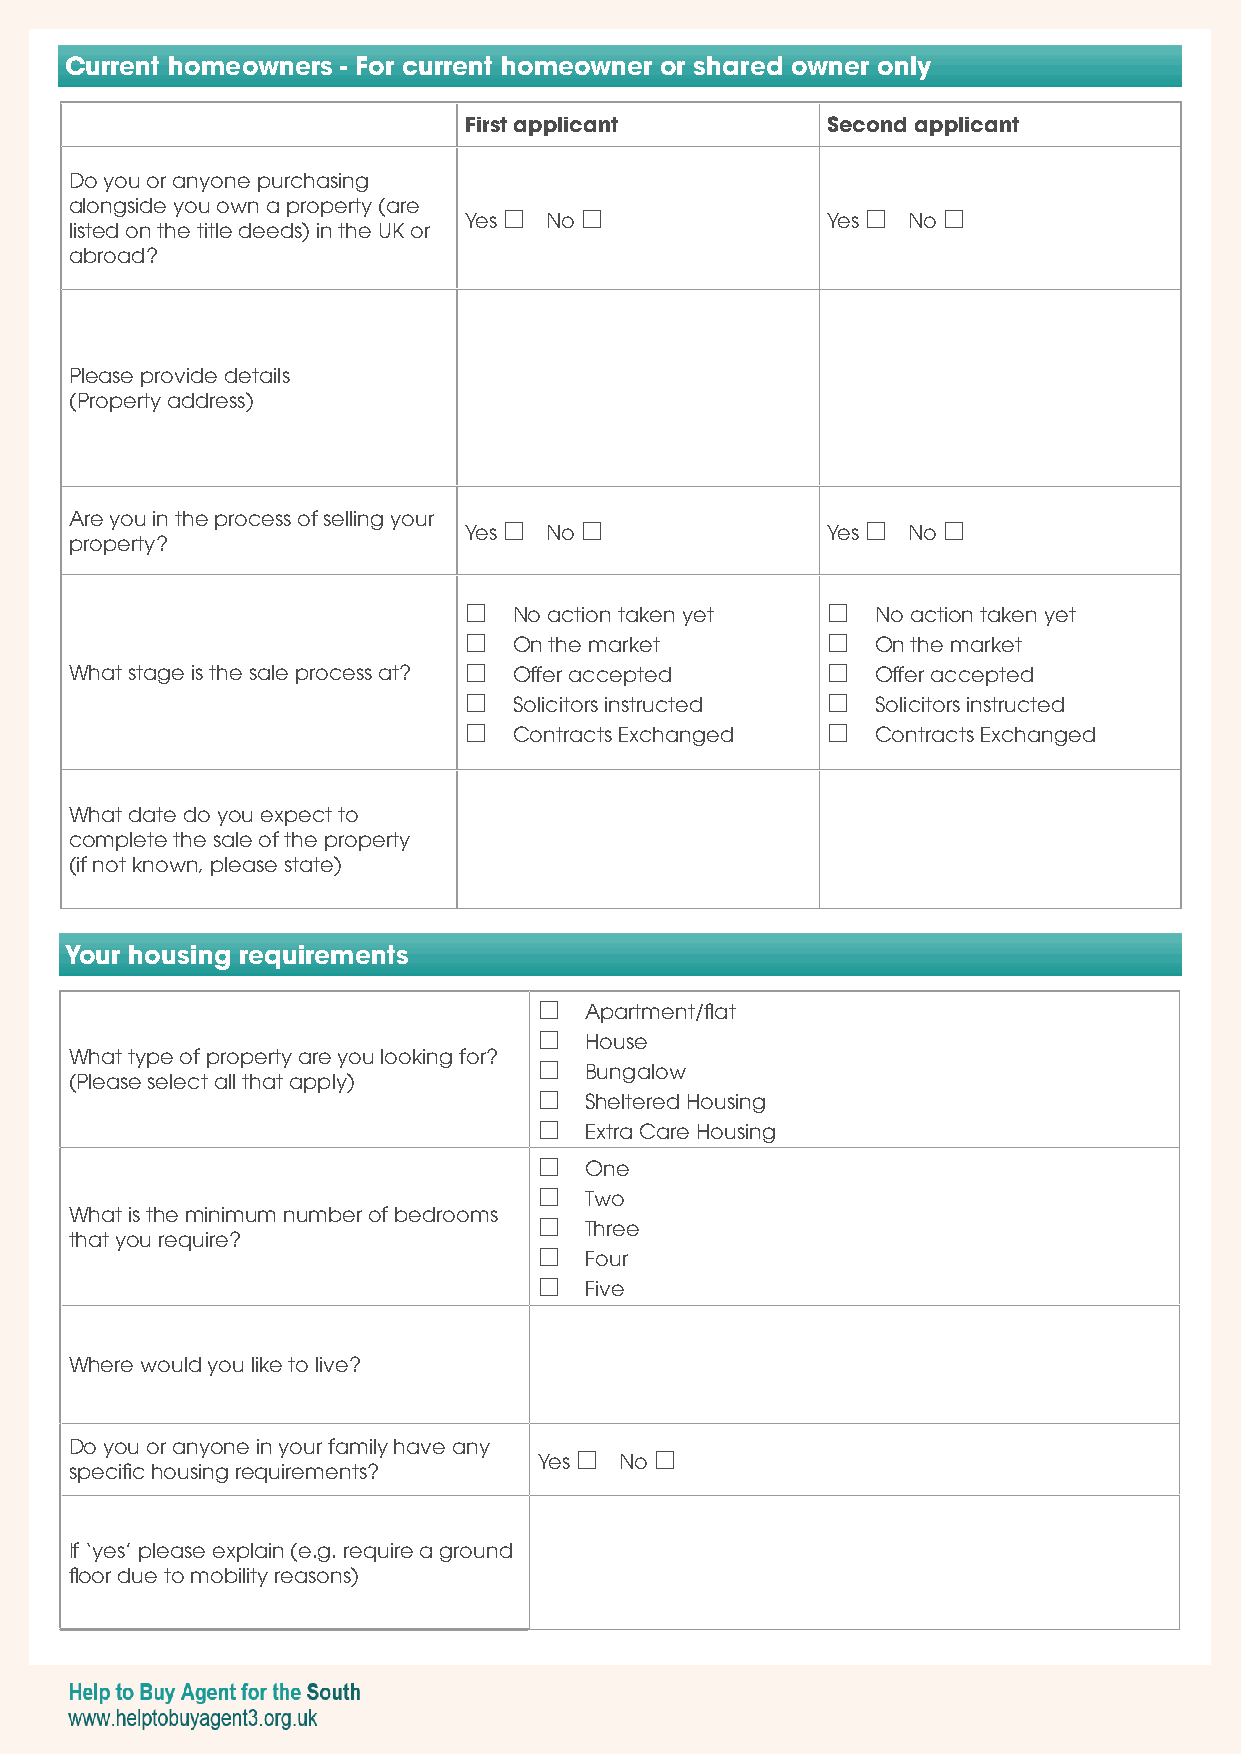
Current homeowners - For current homeowner or shared owner only
 First applicant         Second applicant
 Do you or anyone purchasing
 alongside you own a property (are
 Yes  No               Yes  No 
 listed on the title deeds) in the UK or
 abroad?
 Please provide details
 (Property address)
 Are you in the process of selling your
 Yes  No               Yes  No 
 property?
   No action taken yet    No action taken yet
   On the market          On the market
 What stage is the sale process at?  Offer accepted  Offer accepted
   Solicitors instructed  Solicitors instructed
   Contracts Exchanged    Contracts Exchanged
 What date do you expect to
 complete the sale of the property
 (if not known, please state)
 Your housing requirements
   Apartment/flat
   House
 What type of property are you looking for?
   Bungalow
 (Please select all that apply)
   Sheltered Housing
   Extra Care Housing
   One
   Two
 What is the minimum number of bedrooms
   Three
 that you require?
   Four
   Five
 Where would you like to live?
 Do you or anyone in your family have any
 Yes  No 
 specific housing requirements?
 If ‘yes’ please explain (e.g. require a ground
 floor due to mobility reasons)